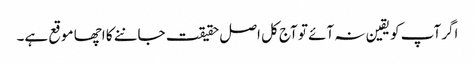
اگر آپ کو یقین نہ آئے تو آج کل اصل حقیقت جاننے کا اچھا موقع ہے۔